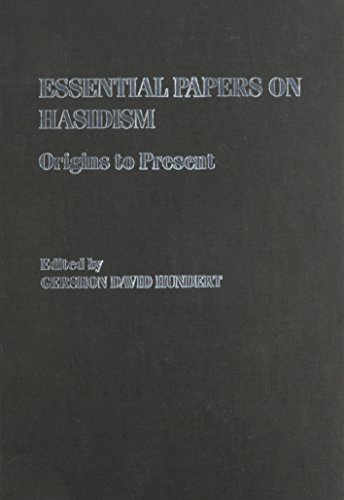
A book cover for Essential Papers on Hasidism (Essential Papers on Jewish Studies); Gershon David Hundert; Religion & Spirituality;